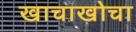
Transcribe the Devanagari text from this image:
खाचाखोचा